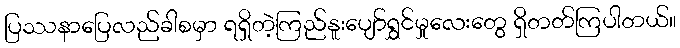
ပြဿနာပြေလည်ခါစမှာ ရရှိတဲ့ကြည်နူးပျော်ရွှင်မှုလေးတွေ ရှိတတ်ကြပါတယ်။